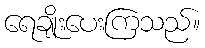
ရေချိုးပေးကြသည်။